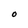
Character: O